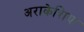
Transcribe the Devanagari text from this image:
अराकेशिया